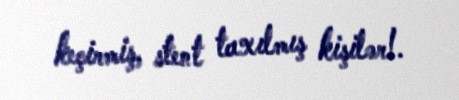
keçirmiş, stent taxılmış kişilər!.